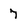
Character: 7